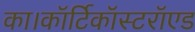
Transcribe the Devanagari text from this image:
का।कॉर्टिकॉस्टरॉएड